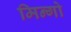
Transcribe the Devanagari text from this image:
मिन्गो